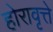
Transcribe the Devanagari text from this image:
होरावृत्ते